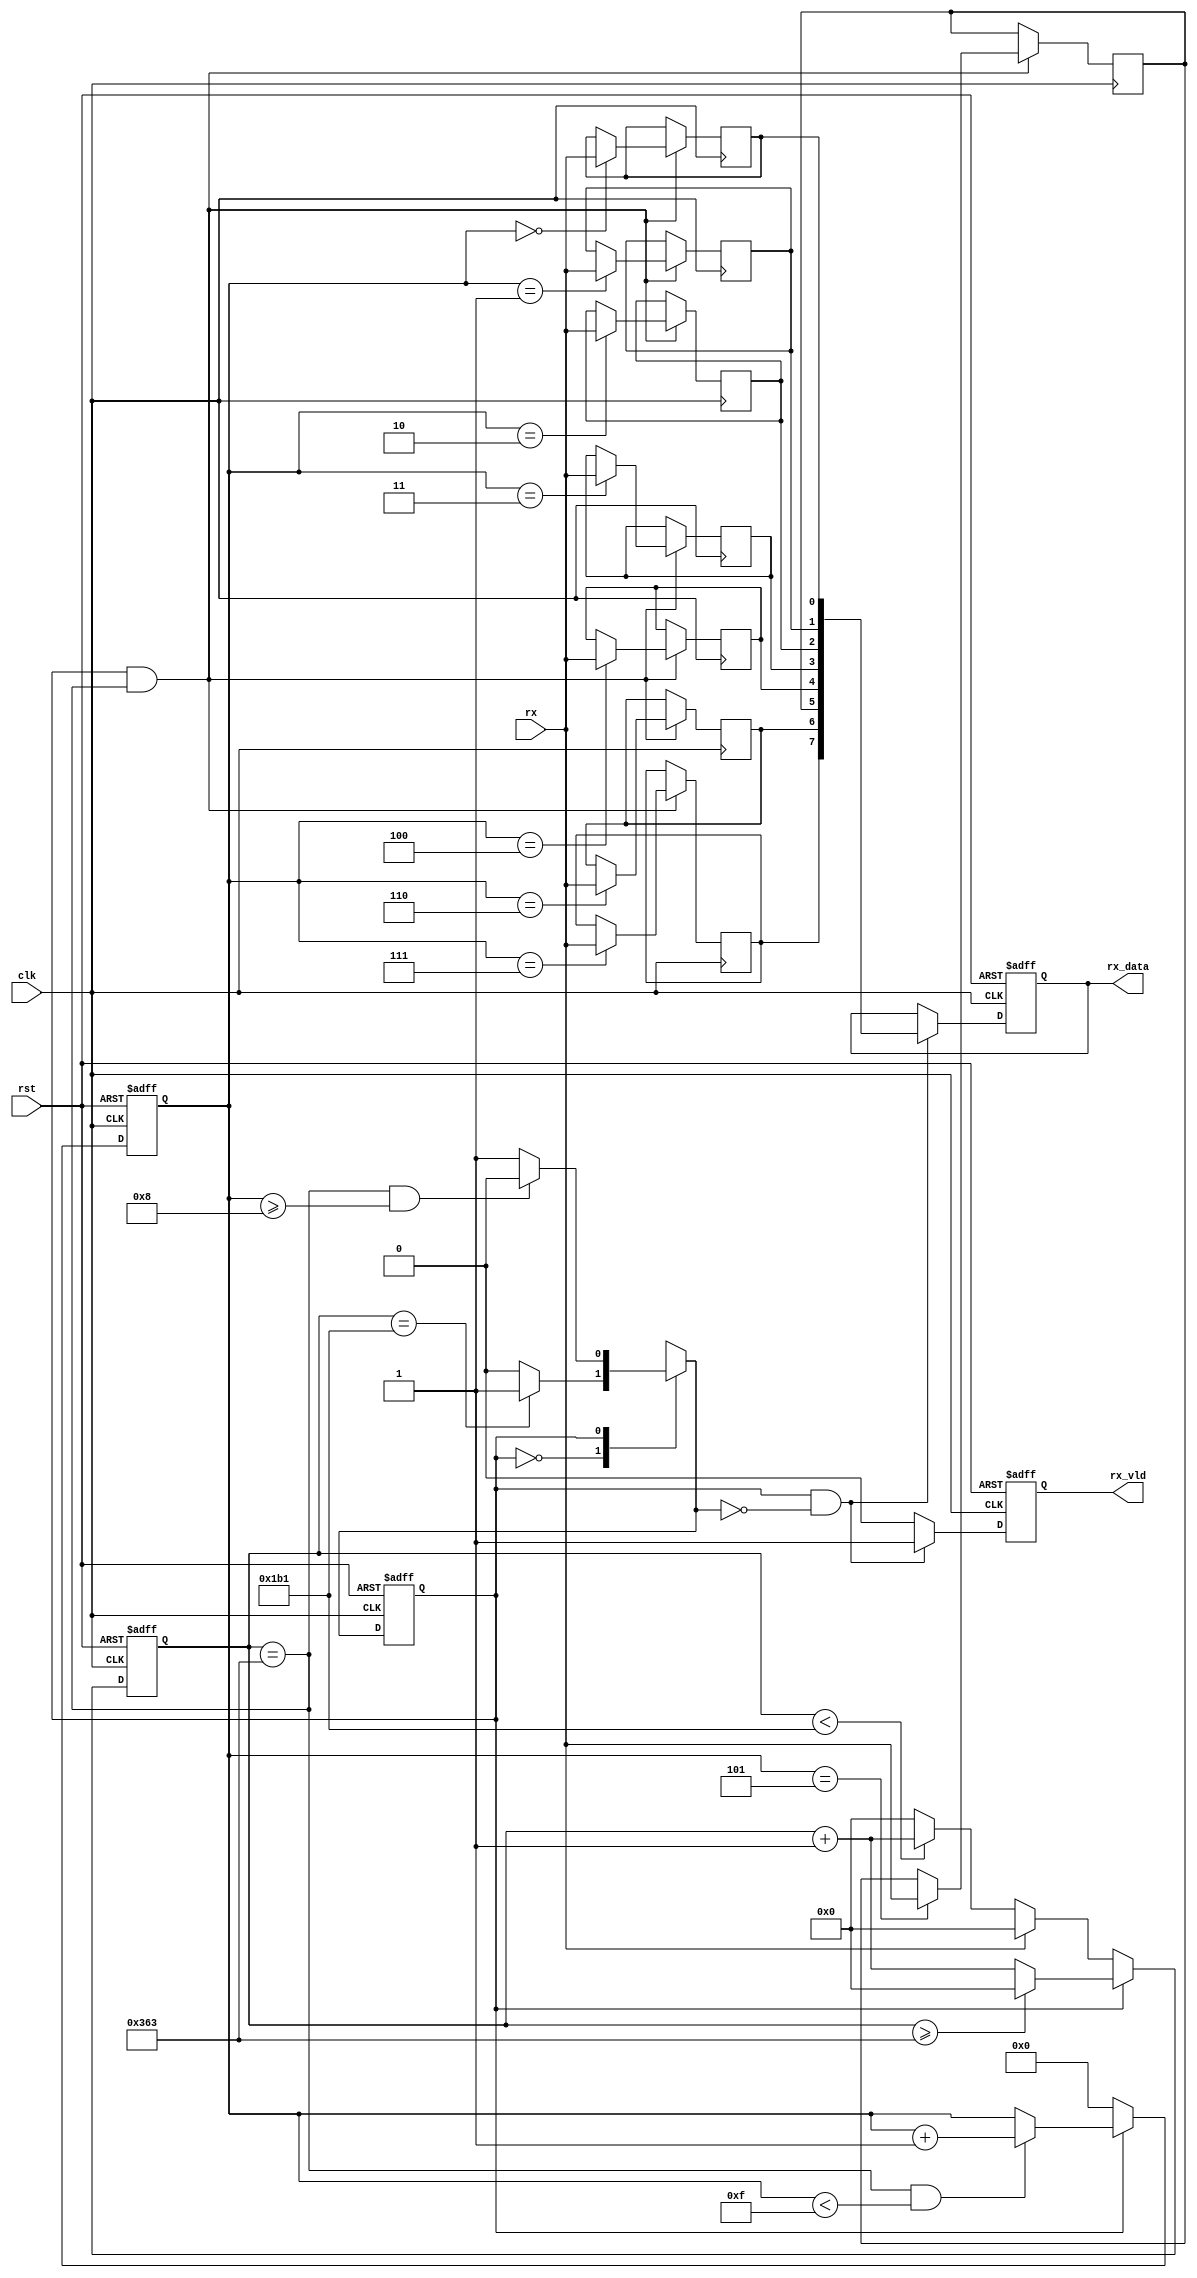
module rx(
    input clk, rst,
    input rx,
    output reg rx_vld,
    output reg [7:0] rx_data
);
    parameter DIV_CNT = 10'd867;
    parameter HDIV_CNT = 10'd433;
    parameter RX_CNT = 4'h8;
    parameter C_IDLE = 1'b0;
    parameter C_RX = 1'b1; 
    reg curr_state;
    reg next_state;
    reg [9:0] div_cnt;
    reg [3:0] rx_cnt;
    reg rx_reg_0,rx_reg_1,rx_reg_2,rx_reg_3,rx_reg_4,rx_reg_5,rx_reg_6,rx_reg_7;
    wire rx_pulse;
    always@(posedge clk or posedge rst)
        begin
            if(rst)
                curr_state <= C_IDLE;
            else
                curr_state <= next_state;
        end 
    
    always@(*)
        begin
            case(curr_state)
                C_IDLE:
                    if(div_cnt == HDIV_CNT)
                        next_state = C_RX;
                    else
                        next_state = C_IDLE;
                C_RX:
                    if((div_cnt == DIV_CNT) && (rx_cnt >= RX_CNT))
                        next_state = C_IDLE;
                    else
                        next_state = C_RX;
            endcase
        end
    
    always@(posedge clk or posedge rst)
        begin
            if(rst)
                div_cnt <= 10'h0;
            else if(curr_state == C_IDLE)
                begin
                    if(rx==1'b1)
                        div_cnt <= 10'h0;
                    else if(div_cnt < HDIV_CNT)
                        div_cnt <= div_cnt + 10'h1;
                    else
                        div_cnt <= 10'h0; 
                end
            else if(curr_state == C_RX)
                begin
                    if(div_cnt >= DIV_CNT)
                        div_cnt <= 10'h0;
                    else
                        div_cnt <= div_cnt + 10'h1;
                end
        end

    always@(posedge clk or posedge rst)
        begin
            if(rst)
                rx_cnt <= 4'h0;
            else if(curr_state == C_IDLE)
                rx_cnt <= 4'h0;
            else if((div_cnt == DIV_CNT) && (rx_cnt < 4'hF))
                rx_cnt <= rx_cnt + 1'b1; 
        end

        assign rx_pulse = (curr_state == C_RX) && (div_cnt == DIV_CNT);

    always@(posedge clk)
        begin
            if(rx_pulse)
                begin
                    case(rx_cnt)
                        4'h0: rx_reg_0 <= rx;
                        4'h1: rx_reg_1 <= rx;
                        4'h2: rx_reg_2 <= rx;
                        4'h3: rx_reg_3 <= rx;
                        4'h4: rx_reg_4 <= rx;
                        4'h5: rx_reg_5 <= rx;
                        4'h6: rx_reg_6 <= rx;
                        4'h7: rx_reg_7 <= rx;
                    endcase
                end
        end

    always@(posedge clk or posedge rst)
        begin
            if(rst)
                begin
                    rx_vld <= 1'b0;
                    rx_data <= 8'h55;
                end 
            else if((curr_state==C_RX)&&(next_state==C_IDLE))
                begin
                    rx_vld <= 1'b1;
                    rx_data <= {rx_reg_7,rx_reg_6,rx_reg_5,rx_reg_4,rx_reg_3,rx_reg_2,rx_reg_1,rx_reg_0};
                end
            else
                rx_vld <= 1'b0;
        end
endmodule

//
module top(
    input clk,
    input rx,
    output reg [7:0] led,
    input [7:0] sw,
	output reg [2:0] hexplay_an,
	output reg [3:0] hexplay_data
);
    reg [31:0] data;//
    //LC-3
    reg [15:0] mem[63:0];
    reg [5:0] PC;//ENDLHALT
    reg [5:0] ptr;
    reg [2:0] CC;
    reg [15:0] IR;
    reg [15:0] R[7:0];
    initial begin
        PC = 0;
        ptr = 0;
        CC = 3'b000;
        IR = 0;
        R[7] = 0;
        R[6] = 0;
        R[5] = 0;
        R[4] = 0;
        R[3] = 0;
        R[2] = 0;
        R[1] = 0;
        R[0] = 0;
    end
    wire [7:0] trap_vec8;
    wire ben;
    assign trap_vec8 = IR[7:0];
    
    //
    reg [15:0] buffer = 0;
    reg [3:0] buffer_ptr;
    initial buffer_ptr = 4'b1111;

    wire [7:0] rx_data;
    rx rx_inst(.clk (clk),.rst (rst),.rx (rx),.rx_vld (rx_vld),.rx_data (rx_data));

    //LC-3
    reg [1:0] cs;//current_state
    reg [1:0] ns;//next_state
    parameter S_idle = 2'd0;
    parameter S_fetch = 2'd1;
    parameter S_carry = 2'd2;
    parameter S_setcc = 2'd3;
    initial cs = S_idle;
    
    parameter INST_ADD = 4'b0001;
    parameter INST_AND = 4'b0101;
    parameter INST_BR = 4'b1000;
    parameter INST_JMP = 4'b1100;
    parameter INST_JSR = 4'b0100;
    parameter INST_LD = 4'b0010;
    parameter INST_LDI = 4'b1010;
    parameter INST_LDR = 4'b0110;
    parameter INST_LEA = 4'b1110;
    parameter INST_NOT = 4'b1001;
    parameter INST_MOD = 4'b0000;
    parameter INST_ST = 4'b0011;
    parameter INST_STI = 4'b1011;
    parameter INST_STR = 4'b0111;
    parameter INST_TRAP = 4'b1111;//11111000000000000&R
    parameter INST_RSF = 4'b1101;//1101 DR SR ...

    //
    always@(*)begin
        case(cs)
            S_idle:begin
                if(rx_vld && rx_data == 8'h0a && buffer == 16'b1111111111111111) 
                    ns = S_fetch;
                else ns = S_idle;
            end
            S_fetch:begin
                ns = S_carry;
            end
            S_carry:begin
                case(IR[15:12])
                    INST_ADD, INST_AND, INST_LD, INST_LDI, INST_LDR, INST_NOT, INST_RSF: ns = S_setcc;
                    INST_TRAP: ns = S_idle;
                    default: ns = S_fetch;
                endcase
            end
            S_setcc: ns = S_fetch;
            default: ns = S_idle;
        endcase
    end
    //
    always@(posedge clk)begin
        if(cs == S_idle && ns == S_carry) begin
            //buffer <= 0;
        end
        cs <= ns;
    end

    //
    always@(posedge clk)begin
        led <= {5'b0, CC};
        case(cs)
        S_idle: begin
            if(rx_vld)begin
                if(rx_data == 8'h0a)begin
                    buffer_ptr <= 4'b1111;
                    if(buffer!=16'b1111111111111111)begin
                        mem[ptr] <= buffer;
                        ptr <= ptr + 1;
                    end
                end
                else begin
                    buffer[buffer_ptr] <= rx_data[0];
                    buffer_ptr <= buffer_ptr - 1;
                end
            end
            casex(sw)
                8'bxxxxxxx1: data <= {4'ha,4'h0,8'h0,R[0]};
                8'bxxxxxx1x: data <= {4'ha,4'h1,8'h0,R[1]};
                8'bxxxxx1xx: data <= {4'ha,4'h2,8'h0,R[2]};
                8'bxxxx1xxx: data <= {4'ha,4'h3,8'h0,R[3]};
                8'bxxx1xxxx: data <= {4'ha,4'h4,8'h0,R[4]};
                8'bxx1xxxxx: data <= {4'ha,4'h5,8'h0,R[5]};
                8'bx1xxxxxx: data <= {4'ha,4'h6,8'h0,R[6]};
                8'b1xxxxxxx: data <= {4'ha,4'h7,8'h0,R[7]};
                default: data <= {4'hc,2'h0,ptr,4'h0,mem[ptr-1]};
            endcase
        end
        S_fetch:begin
            IR <= mem[PC];
            PC <= PC + 1;
        end
        S_setcc:begin
            if(R[IR[11:9]] == 0) CC <= 3'b010;
            else if(R[IR[11:9]][15]) CC <= 3'b100;
            else CC <= 3'b001;
        end
        S_carry:begin
            case(IR[15:12])
                INST_ADD:begin
                    if(IR[5] == 1'b1)begin
                        R[IR[11:9]] <= R[IR[8:6]] + {{11{IR[4]}}, IR[4:0]};
                    end
                    else begin
                        R[IR[11:9]] <= R[IR[8:6]] + R[IR[2:0]];
                    end
                end
                INST_AND:begin
                    if(IR[5] == 1'b1)begin
                        R[IR[11:9]] <= R[IR[8:6]] & {{11{IR[4]}}, IR[4:0]};
                    end
                    else begin
                        R[IR[11:9]] <= R[IR[8:6]] & R[IR[2:0]];
                    end
                end
                INST_BR:begin
                    if((IR[11] & CC[2]) | (IR[10] & CC[1]) | (IR[9] & CC[0])) begin
                        PC <= PC + IR[5:0];
                        R[3'b110] <= 16'hFFFF;
                    end
                end
                INST_JMP:begin
                    PC <= R[IR[8:6]][5:0];
                end
                INST_JSR:begin
                    R[7] <= PC;
                    if(IR[11]) PC <= PC + IR[5:0];
                    else PC <= R[IR[8:6]][5:0];
                end
                INST_LD:begin
                    R[IR[11:9]] <= mem[PC + IR[5:0]];
                end
                INST_LDI:begin
                    R[IR[11:9]] <= mem[mem[PC + IR[5:0]][5:0]];
                end
                INST_LDR:begin
                    R[IR[11:9]] <= mem[R[IR[8:6]][5:0]+IR[5:0]];
                end
                INST_LEA:begin
                    R[IR[11:9]] <= PC + IR[5:0];
                end
                INST_NOT:begin
                    R[IR[11:9]] <= ~R[IR[8:6]];
                end
                INST_ST:begin
                    mem[PC + IR[5:0]] <= R[IR[11:9]];
                end
                INST_STI:begin
                    mem[mem[PC + IR[5:0]][5:0]] <= R[IR[11:9]];
                end
                INST_STR:begin
                    mem[R[IR[8:6]][5:0] + IR[5:0]] <= R[IR[11:9]];
                end
                INST_RSF:begin
                    R[IR[11:9]] <= {1'b0, R[IR[8:6]][7:1]};
                end
                INST_TRAP:begin
                    //PC <= ENDL;
                end
                INST_MOD:begin
                    R[IR[11:9]] <= R[IR[8:6]] % R[IR[2:0]];
                end
                //default: PC <= PC;
            endcase
        end
        endcase
    end
    
    
    //
    
    reg [32:0] hexplay_cnt;
    always@(posedge clk) begin
        if (hexplay_cnt >= (2000000 / 8)) hexplay_cnt <= 0;
        else hexplay_cnt <= hexplay_cnt + 1;
    end
    always@(posedge clk) begin
        if (hexplay_cnt == 0)begin
		    if (hexplay_an == 7)hexplay_an <= 0;
		    else hexplay_an <= hexplay_an + 1;
	    end
    end
    always@(*) begin
	    case(hexplay_an)
		    0: hexplay_data = data[3:0];
		    1: hexplay_data = data[7:4];
		    2: hexplay_data = data[11:8];
		    3: hexplay_data = data[15:12];
		    4: hexplay_data = data[19:16];
		    5: hexplay_data = data[23:20];
		    6: hexplay_data = data[27:24];
		    7: hexplay_data = data[31:28];
	    endcase
    end
endmodule